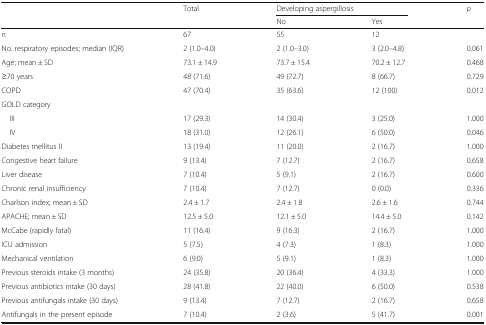
<table><thead><tr><td></td><td><b>Total</b></td><td colspan="2"><b>Developing aspergillosis</b></td><td><b><i>p</i></b></td></tr><tr><td></td><td></td><td><b>No</b></td><td><b>Yes</b></td><td></td></tr></thead><tbody><tr><td>n</td><td>67</td><td>55</td><td>12</td><td></td></tr><tr><td>No. respiratory episodes; median (IQR)</td><td>2 (1.0–4.0)</td><td>2 (1.0–3.0)</td><td>3 (2.0–4.8)</td><td>0.061</td></tr><tr><td>Age; mean ± SD</td><td>73.1 ± 14.9</td><td>73.7 ± 15.4</td><td>70.2 ± 12.7</td><td>0.468</td></tr><tr><td>≥70 years</td><td>48 (71.6)</td><td>49 (72.7)</td><td>8 (66.7)</td><td>0.729</td></tr><tr><td>COPD</td><td>47 (70.4)</td><td>35 (63.6)</td><td>12 (100)</td><td>0.012</td></tr><tr><td colspan="5">GOLD category</td></tr><tr><td> III</td><td>17 (29.3)</td><td>14 (30.4)</td><td>3 (25.0)</td><td>1.000</td></tr><tr><td> IV</td><td>18 (31.0)</td><td>12 (26.1)</td><td>6 (50.0)</td><td>0.046</td></tr><tr><td>Diabetes mellitus II</td><td>13 (19.4)</td><td>11 (20.0)</td><td>2 (16.7)</td><td>1.000</td></tr><tr><td>Congestive heart failure</td><td>9 (13.4)</td><td>7 (12.7)</td><td>2 (16.7)</td><td>0.658</td></tr><tr><td>Liver disease</td><td>7 (10.4)</td><td>5 (9.1)</td><td>2 (16.7)</td><td>0.600</td></tr><tr><td>Chronic renal insufficiency</td><td>7 (10.4)</td><td>7 (12.7)</td><td>0 (0.0)</td><td>0.336</td></tr><tr><td>Charlson index; mean ± SD</td><td>2.4 ± 1.7</td><td>2.4 ± 1.8</td><td>2.6 ± 1.6</td><td>0.744</td></tr><tr><td>APACHE; mean ± SD</td><td>12.5 ± 5.0</td><td>12.1 ± 5.0</td><td>14.4 ± 5.0</td><td>0.142</td></tr><tr><td>McCabe (rapidly fatal)</td><td>11 (16.4)</td><td>9 (16.3)</td><td>2 (16.7)</td><td>1.000</td></tr><tr><td>ICU admission</td><td>5 (7.5)</td><td>4 (7.3)</td><td>1 (8.3)</td><td>1.000</td></tr><tr><td>Mechanical ventilation</td><td>6 (9.0)</td><td>5 (9.1)</td><td>1 (8.3)</td><td>1.000</td></tr><tr><td>Previous steroids intake (3 months)</td><td>24 (35.8)</td><td>20 (36.4)</td><td>4 (33.3)</td><td>1.000</td></tr><tr><td>Previous antibiotics intake (30 days)</td><td>28 (41.8)</td><td>22 (40.0)</td><td>6 (50.0)</td><td>0.538</td></tr><tr><td>Previous antifungals intake (30 days)</td><td>9 (13.4)</td><td>7 (12.7)</td><td>2 (16.7)</td><td>0.658</td></tr><tr><td>Antifungals in the present episode</td><td>7 (10.4)</td><td>2 (3.6)</td><td>5 (41.7)</td><td>0.001</td></tr></tbody></table>